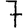
Digit: 7